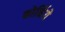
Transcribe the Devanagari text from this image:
कोर्निये